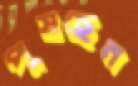
পুষছেন